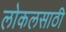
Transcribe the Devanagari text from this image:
लोकलसाठी